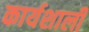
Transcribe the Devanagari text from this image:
कार्यशाली